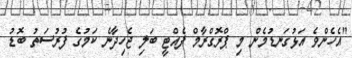
"އެހެންވެ އަޅުގަނޑުމެން މި ޕްރޮގްރާމް ފެއްޓީ ބަލި ޖެހިދާނެ ކަމުގެ ފުރުސަތު ބޮޑު